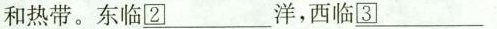
和热带。东临________洋，西临_________